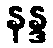
နန္ဒ